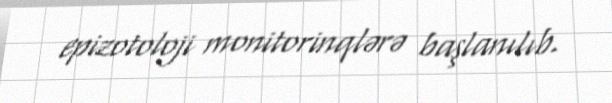
epizotoloji monitorinqlərə başlanılıb.